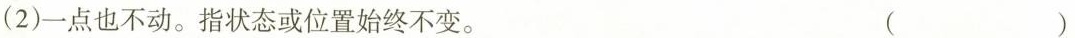
(2)一点也不动。指状态或位置始终不变。 （）